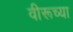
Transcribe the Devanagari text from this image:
वीरूच्या